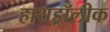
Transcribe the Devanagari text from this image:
हायड्रॉलीक